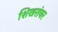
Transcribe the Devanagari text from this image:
शिखरांवर